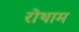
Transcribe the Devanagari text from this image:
रोथाम